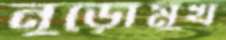
নুড়োমুখ